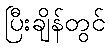
ပြီးချိန်တွင်